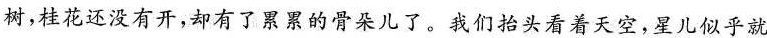
树，桂花还没有开，却有了累累的骨朵儿了。我们抬头看着天空，星儿似乎就